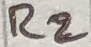
Text: R2